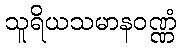
သူရိယသမာနဝဏ္ဏံ